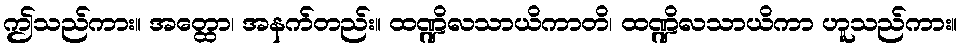
ဤသည်ကား။ အတ္ထော၊ အနက်တည်း။ ထဏ္ဍိလသာယိကာတိ၊ ထဏ္ဍိလသာယိကာ ဟူသည်ကား။